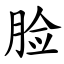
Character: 脸